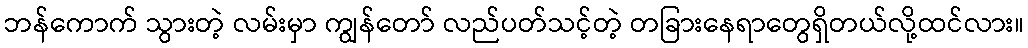
ဘန်ကောက် သွားတဲ့ လမ်းမှာ ကျွန်တော် လည်ပတ်သင့်တဲ့ တခြားနေရာတွေရှိတယ်လို့ထင်လား။